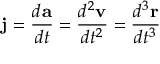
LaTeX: \mathbf { j } = { \frac { d \mathbf { a } } { d t } } = { \frac { d ^ { 2 } \mathbf { v } } { d t ^ { 2 } } } = { \frac { d ^ { 3 } \mathbf { r } } { d t ^ { 3 } } }